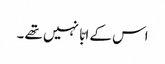
اس کے ابّا نہیں تھے ۔